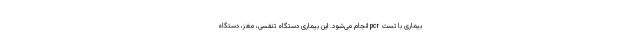
بیماری با تست pcr انجام می‌شود. این بیماری دستگاه تنفسی، مغز، دستگاه